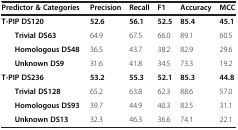
<table><thead><tr><td colspan="2"><b>Predictor &amp; Categories</b></td><td><b>Precision</b></td><td><b>Recall</b></td><td><b>F1</b></td><td><b>Accuracy</b></td><td><b>MCC</b></td></tr></thead><tbody><tr><td colspan="2"><b>T-PIP DS120</b></td><td><b>52.6</b></td><td><b>56.1</b></td><td><b>52.5</b></td><td><b>85.4</b></td><td><b>45.1</b></td></tr><tr><td rowspan="3"> </td><td><b>Trivial DS63</b></td><td>64.9</td><td>67.5</td><td>66.0</td><td>89.1</td><td>60.5</td></tr><tr><td><b>Homologous DS48</b></td><td>36.5</td><td>43.7</td><td>38.2</td><td>82.9</td><td>29.6</td></tr><tr><td><b>Unknown DS9</b></td><td>31.6</td><td>41.8</td><td>34.5</td><td>73.3</td><td>19.2</td></tr><tr><td colspan="2"><b>T-PIP DS236</b></td><td><b>53.2</b></td><td><b>55.3</b></td><td><b>52.1</b></td><td><b>85.3</b></td><td><b>44.8</b></td></tr><tr><td rowspan="3"> </td><td><b>Trivial DS128</b></td><td>65.2</td><td>63.8</td><td>62.3</td><td>88.6</td><td>57.0</td></tr><tr><td><b>Homologous DS93</b></td><td>39.7</td><td>44.9</td><td>40.3</td><td>82.5</td><td>31.1</td></tr><tr><td><b>Unknown DS13</b></td><td>32.3</td><td>46.3</td><td>36.6</td><td>74.1</td><td>22.1</td></tr></tbody></table>